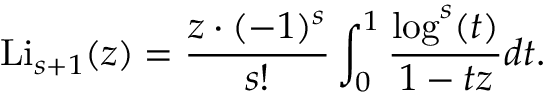
\operatorname { L i } _ { s + 1 } ( z ) = { \frac { z \cdot ( - 1 ) ^ { s } } { s ! } } \int _ { 0 } ^ { 1 } { \frac { \log ^ { s } ( t ) } { 1 - t z } } d t .